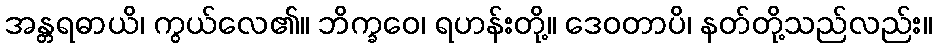
အန္တရဓာယိ၊ ကွယ်လေ၏။ ဘိက္ခဝေ၊ ရဟန်းတို့။ ဒေဝတာပိ၊ နတ်တို့သည်လည်း။